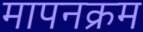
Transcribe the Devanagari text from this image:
मापनक्रम